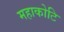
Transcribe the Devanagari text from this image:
महाकोटि